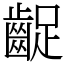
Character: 齪